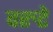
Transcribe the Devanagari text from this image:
वरुटे